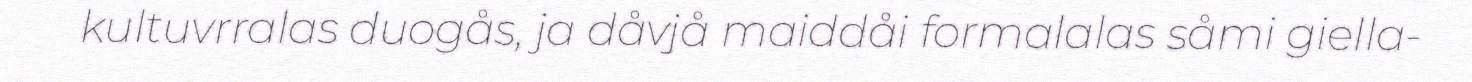
kultuvrralas duogås, ja dåvjå maiddåi formalalas såmi giella-